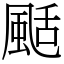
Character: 颳